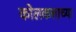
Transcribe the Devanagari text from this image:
कोलकत्ताच्या